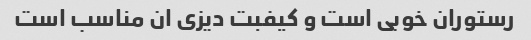
رستوران خوبی است و کیفبت دیزی ان مناسب است